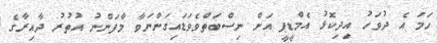
ހަމަ އެ ދުވަހު އިދިކޮޅު އެމްޑީޕީ އަށް ނިސްބަތްވެވަޑައިގަންނަވާ މާފަންނު އުތުރު ދާއިރާގެ